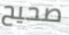
صحيح